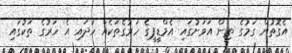
އެގޮތުން ގަމުގެ ތިން އަވަށުގައި އެމްޑީޕީގެ ހަރުގެތަކެއް ހަދައި އެ ހަރުގެ ތަކުގައި